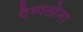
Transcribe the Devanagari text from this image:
पैम्पलोना